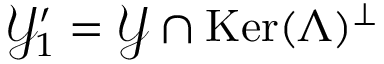
\mathcal { Y } _ { 1 } ^ { \prime } = \mathcal { Y } \cap \mathop { \mathrm { K e r } } ( \Lambda ) ^ { \perp }